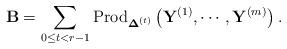
LaTeX: \begin{align*}\mathbf{B}=\sum_{0\le t<r-1}\mbox{Prod}_{\boldsymbol{\Delta}^{(t)}}\left(\mathbf{Y}^{(1)},\cdots,\mathbf{Y}^{(m)}\right).\end{align*}